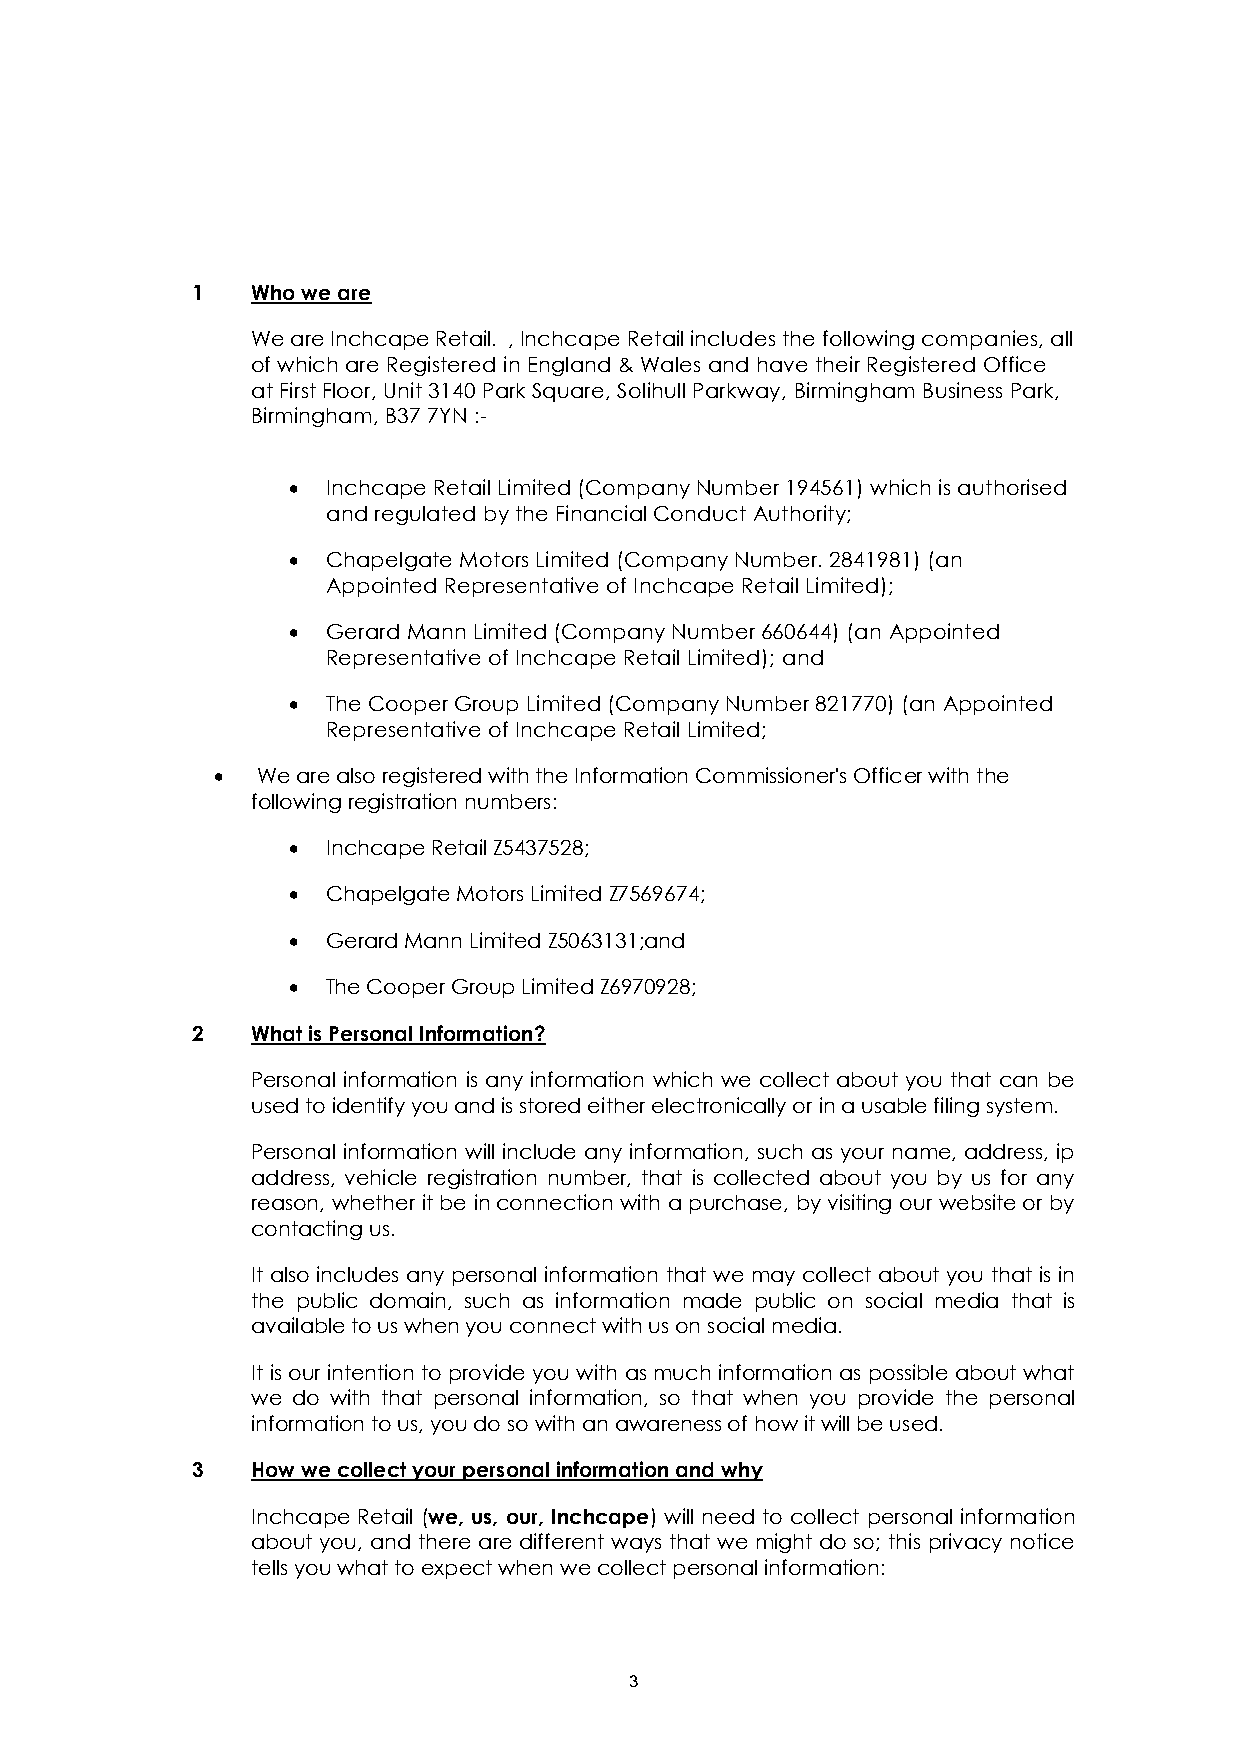
1   Who we are
 We are Inchcape Retail. , Inchcape Retail includes the following companies, all
 of which are Registered in England & Wales and have their Registered Office
 at First Floor, Unit 3140 Park Square, Solihull Parkway, Birmingham Business Park,
 Birmingham, B37 7YN :-
   Inchcape Retail Limited (Company Number 194561) which is authorised
 and regulated by the Financial Conduct Authority;
   Chapelgate Motors Limited (Company Number. 2841981) (an
 Appointed Representative of Inchcape Retail Limited);
   Gerard Mann Limited (Company Number 660644) (an Appointed
 Representative of Inchcape Retail Limited); and
   The Cooper Group Limited (Company Number 821770) (an Appointed
 Representative of Inchcape Retail Limited;
   We are also registered with the Information Commissioner's Officer with the
 following registration numbers:
   Inchcape Retail Z5437528;
   Chapelgate Motors Limited Z7569674;
   Gerard Mann Limited Z5063131;and
   The Cooper Group Limited Z6970928;
 2   What is Personal Information?
 Personal information is any information which we collect about you that can be
 used to identify you and is stored either electronically or in a usable filing system.
 Personal information will include any information, such as your name, address, ip
 address, vehicle registration number, that is collected about you by us for any
 reason, whether it be in connection with a purchase, by visiting our website or by
 contacting us.
 It also includes any personal information that we may collect about you that is in
 the public domain, such as information made public on social media that is
 available to us when you connect with us on social media.
 It is our intention to provide you with as much information as possible about what
 we do with that personal information, so that when you provide the personal
 information to us, you do so with an awareness of how it will be used.
 3   How we collect your personal information and why
 Inchcape Retail (we, us, our, Inchcape) will need to collect personal information
 about you, and there are different ways that we might do so; this privacy notice
 tells you what to expect when we collect personal information:
 3